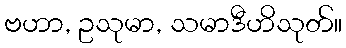
ဗဟာ, ဥသုမာ, သမာဒီဟိသုတ်။